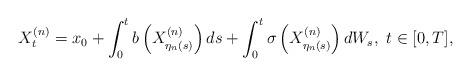
LaTeX: \begin{align*}X_t^{(n)} &= x_0 +\int_0^tb\left(X_{\eta _n(s)}^{(n)}\right)ds +\int_0^t \sigma\left(X_{\eta _n(s)}^{(n)}\right) dW_s,~t \in [0,T],\end{align*}